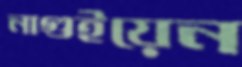
নাগুইয়েন